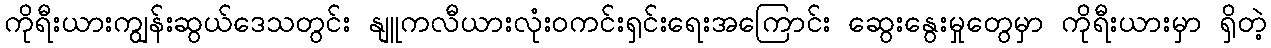
ကိုရီးယားကျွန်းဆွယ်ဒေသတွင်း နျူကလီယားလုံးဝကင်းရှင်းရေးအကြောင်း ဆွေးနွေးမှုတွေမှာ ကိုရီးယားမှာ ရှိတဲ့